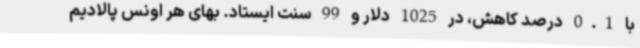
با 0.1 درصد کاهش، در 1025 دلار و 99 سنت ایستاد. بهای هر اونس پالادیم